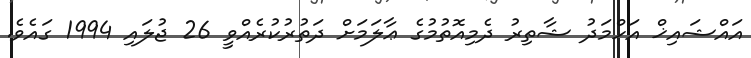
އައްޝައިޚް އަހްމަދު ޝާތިރު ދެމިއޮތުމުގެ ޢާލަމަށް ދަތުރުކުރެއްވީ 26 ޖުލައި 1994 ގައެވެ.